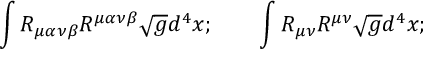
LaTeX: \int R _ { \mu \alpha \nu \beta } R ^ { \mu \alpha \nu \beta } \sqrt { g } d ^ { 4 } x ; \qquad \int R _ { \mu \nu } R ^ { \mu \nu } \sqrt { g } d ^ { 4 } x ;